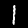
Digit: 1